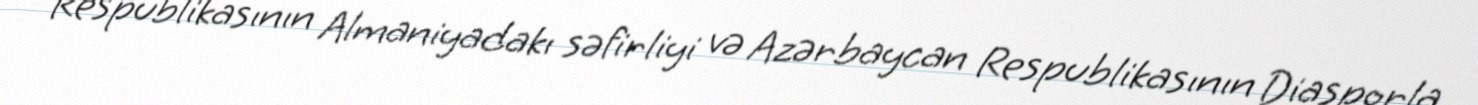
Respublikasının Almaniyadakı səfirliyi və Azərbaycan Respublikasının Diasporla